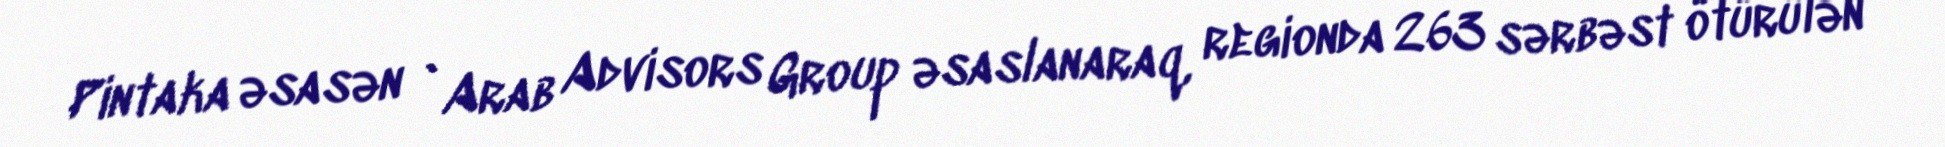
Pintaka əsasən `Arab Advisors Group əsaslanaraq, regionda 263 sərbəst ötürülən